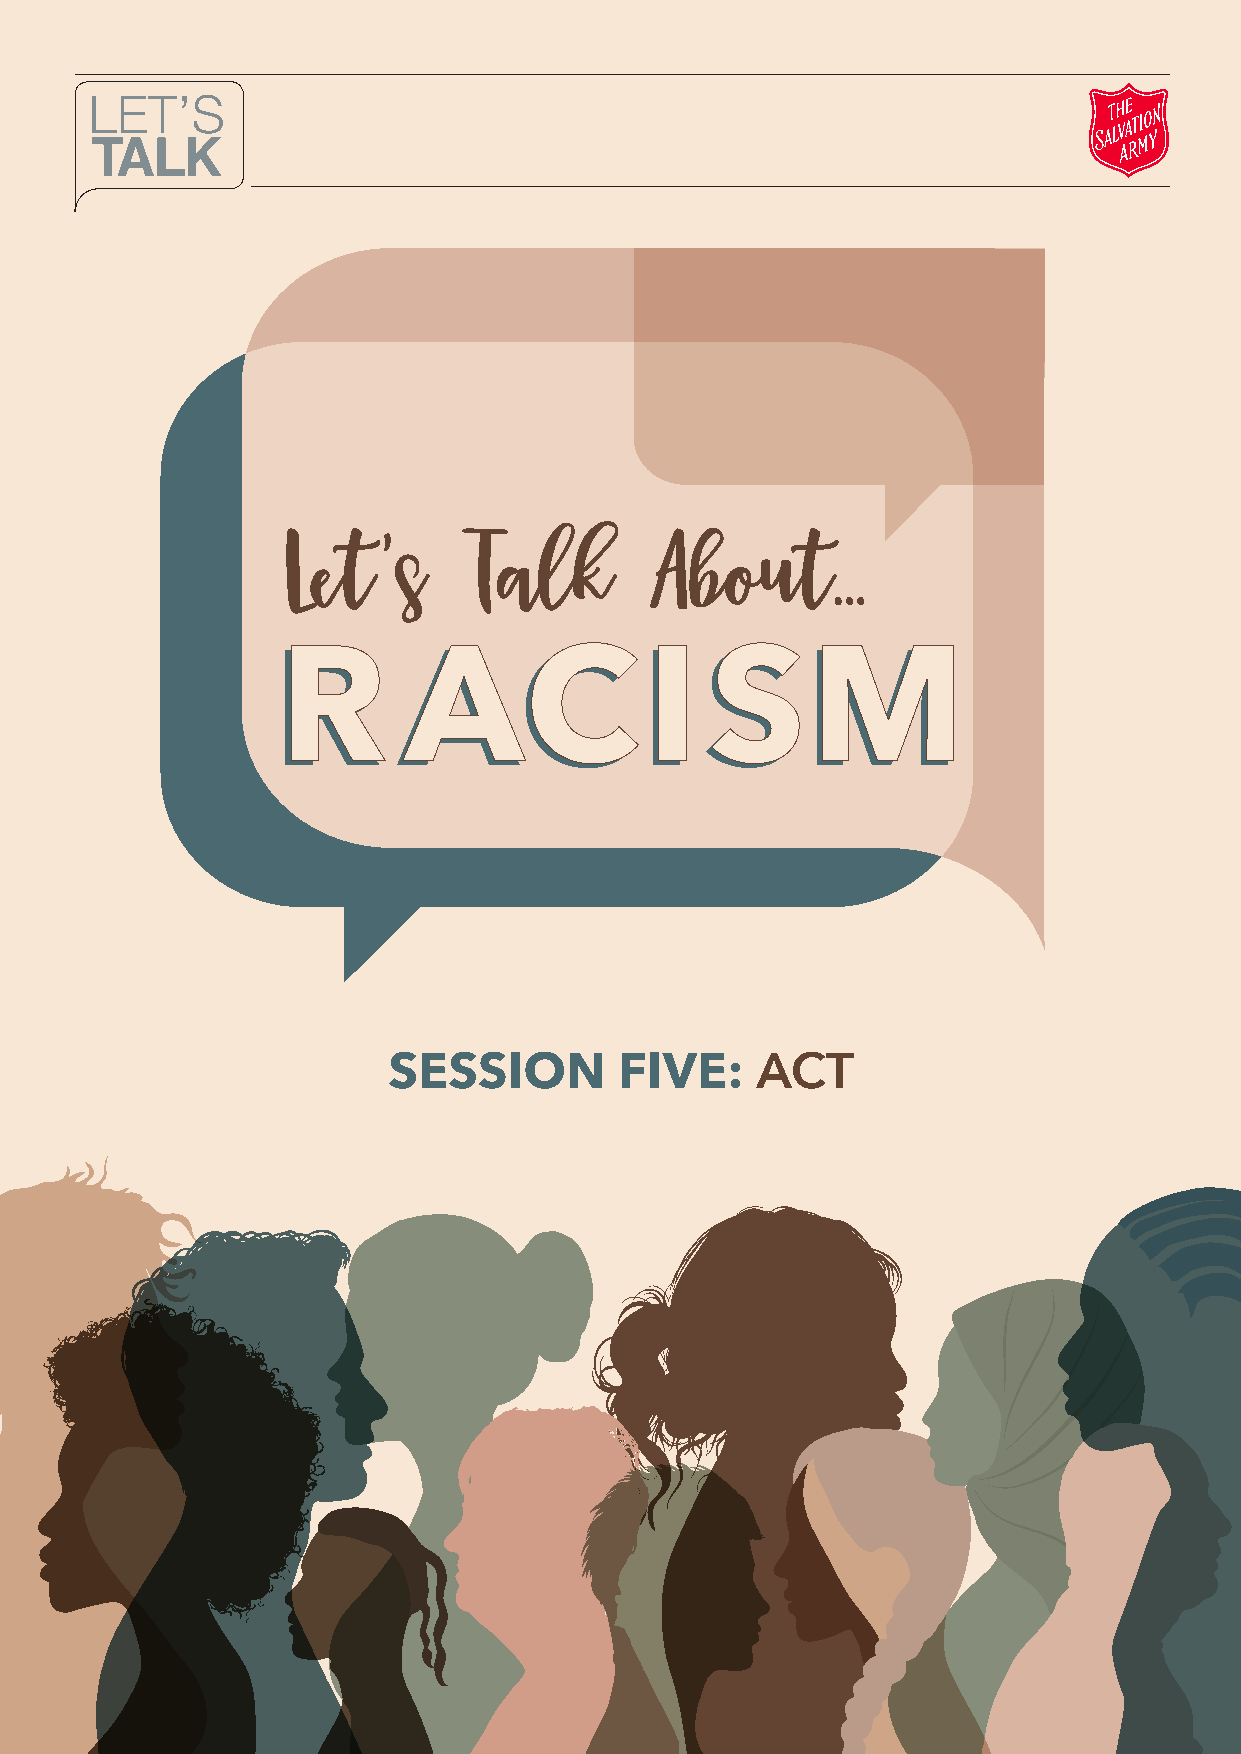
LET’S
 TALK
 LLeett’’ss TTaallkk     AAbboouutt......
 R        AC              I   SM
 SESSION        FIVE:    ACT